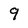
Character: 9